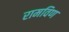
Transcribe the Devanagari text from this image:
रामविण